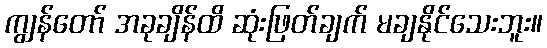
ကျွန်တော် အခုချိန်ထိ ဆုံးဖြတ်ချက် မချနိုင်သေးဘူး။